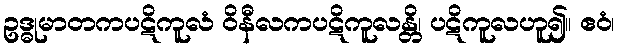
ဥဒ္ဓုမာတကပဋိကူလံ ဝိနီလကပဋိကူလန္တိ၊ ပဋိကူလဟူ၍။ ဧဝံ၊